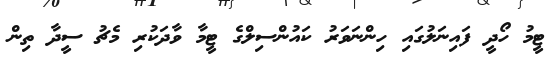
ޓީމު ހޯދީ ފައިނަލުގައި ހިންނަވަރު ކައުންސިލްގެ ޓީމާ ވާދަކުރި މެޗު ސީދާ ތިން